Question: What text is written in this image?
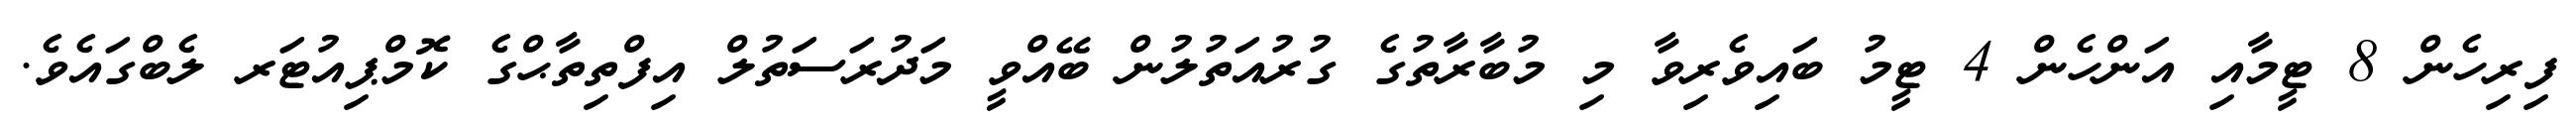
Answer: ފިރިހެން 8 ޓީމާއި އަންހެން 4 ޓީމު ބައިވެރިވާ މި މުބާރާތުގެ ގުރުއަތުލުން ބޭއްވީ މަދުރަސަތުލް އިފްތިތާޙްގެ ކޮމްޕިއުޓަރ ލެބްގައެވެ.